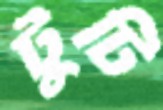
টুটি